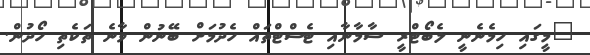
"މީގައި ހިމެނެނީ ލެބޯޓްރީ ސާމާނާއި ޓެސްޓްތައް ހެދުމަށް ބޭނުން ވާނެ ތަކެތި ހޯދުން.